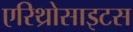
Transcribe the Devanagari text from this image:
एरिथ्रोसाइटस